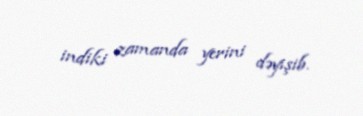
indiki zamanda yerini dəyişib.